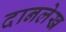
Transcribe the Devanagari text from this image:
दानलेख